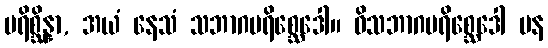
ပရိစ္ဆိန္နာ, အယံ နေသံ သဘာဂပရိစ္ဆေဒေါ။ ဝိသဘာဂပရိစ္ဆေဒေါ ပန